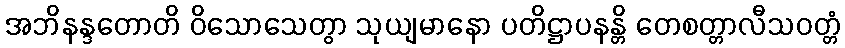
အဘိနန္ဒတောတိ ဝိသောသေတွာ သုယျမာနော ပတိဋ္ဌာပနန္တိ တေစတ္တာလီသဝတ္တံ